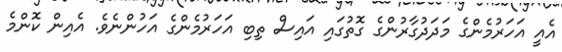
އެއީ އަހަރުމެންގެ މަދަދުގާރުންގެ ގޮތުގައި އައިސް ތިބި އަހަރުމެންގެ އަހުންނެވެ. އެއިން ކޮންމެ